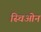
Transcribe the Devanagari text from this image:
स्चिओन